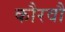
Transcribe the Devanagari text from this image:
कौरवौं